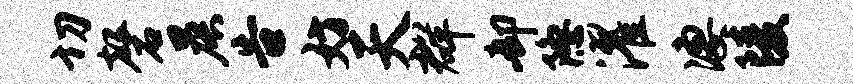
切磬晨告妨天群却隐濯凄陵